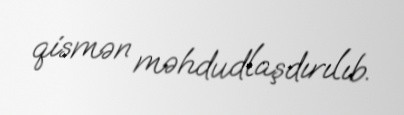
qismən məhdudlaşdırılıb.